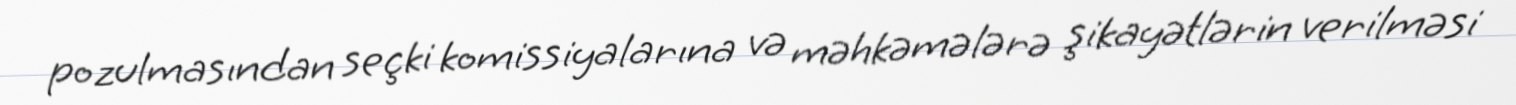
pozulmasından seçki komissiyalarına və məhkəmələrə şikayətlərin verilməsi